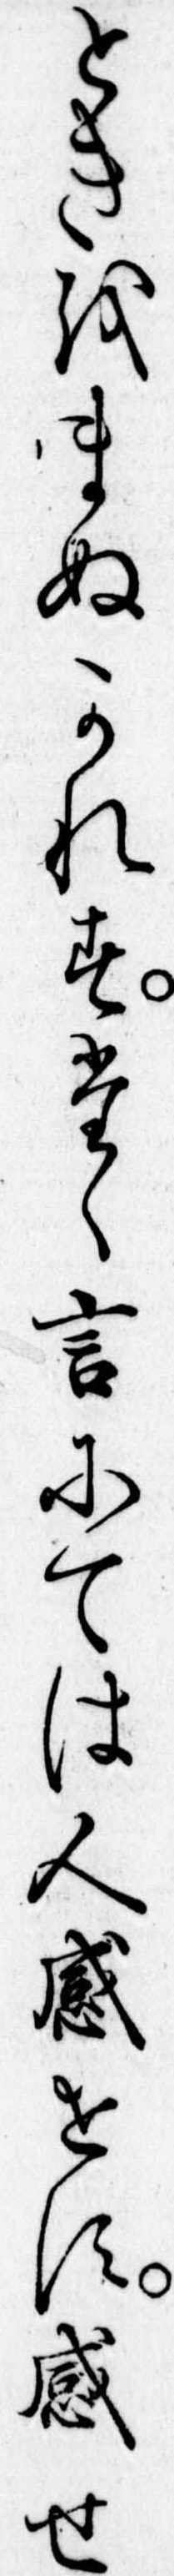
ときをまぬかれすたゝ言にては人感せす感せ